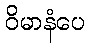
ဝိမာနံပေ